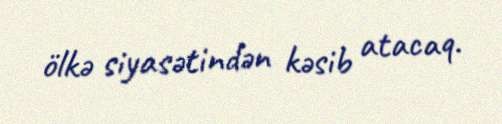
ölkə siyasətindən kəsib atacaq.